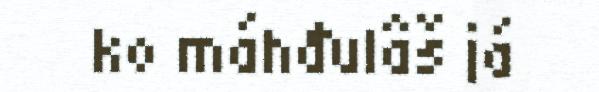
ko máhđulâš já